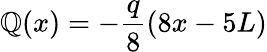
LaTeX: \mathbb{Q}(x)=-{\frac{{q}}{{8}}}(8x-5L)